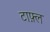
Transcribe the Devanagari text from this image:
टाफ़्ल